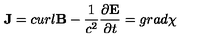
{ \bf J } = c u r l { \bf B } - { \frac { 1 } { c ^ { 2 } } } { \frac { \partial { \bf E } } { \partial t } } = g r a d \chi